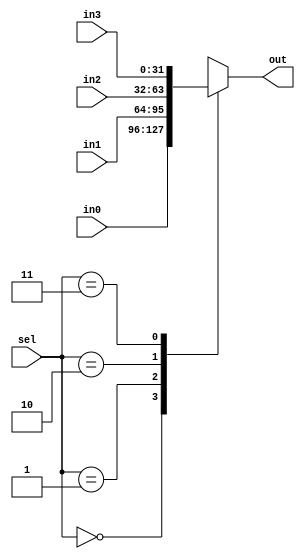
module mux4_32(sel, in0, in1, in2, in3, out);
  input  [1:0]  sel;
  input  [31:0] in0, in1, in2, in3;
  output [31:0] out;
  reg    [31:0] out;
  always @(sel or in0 or in1 or in2 or in3)
    case(sel)
     2'd0:  out = in0;
     2'd1:  out = in1;
     2'd2:  out = in2;
     2'd3:  out = in3;
    endcase
endmodule